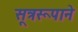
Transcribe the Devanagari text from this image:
सूत्ररूपाने